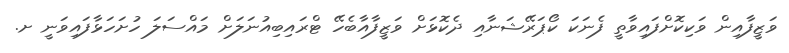
ވަޒީފާއިން ވަކިކޮށްފައިވާތީ ފެނަކަ ކޯޕަރޭޝަނާއި ދެކޮޅަށް ވަޒީފާއާބެހޭ ޓްރައިބިއުނަލަށް މައްސަލަ ހުށަހަޅާފައިވަނީ ށ.